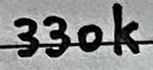
Text: 330k